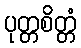
ပုတ္တစိတ္တံ